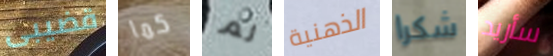
قضيبى كما لم الذهنية شكرا سأريد